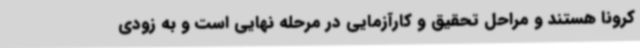
کرونا هستند و مراحل تحقیق و کارآزمایی در مرحله نهایی است و به زودی